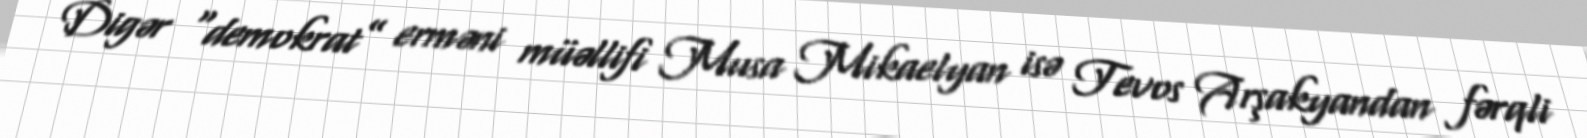
Digər “demokrat” erməni müəllifi Musa Mikaelyan isə Tevos Arşakyandan fərqli